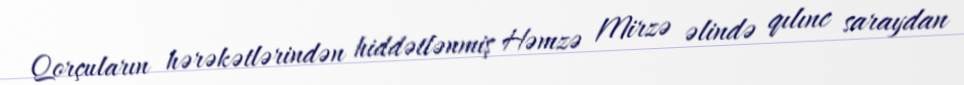
Qorçuların hərəkətlərindən hiddətlənmiş Həmzə Mirzə əlində qılınc saraydan